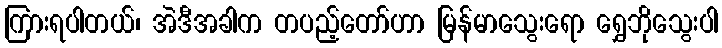
ကြားရပါတယ်၊ အဲဒီအခါက တပည့်တော်ဟာ မြန်မာသွေးရော ရွှေဘိုသွေးပါ